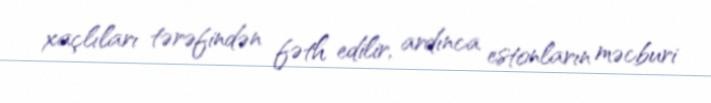
xaçlıları tərəfindən fəth edilir, ardınca estonların məcburi